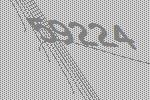
59224